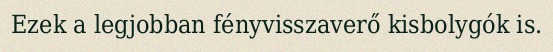
Ezek a legjobban fényvisszaverő kisbolygók is.